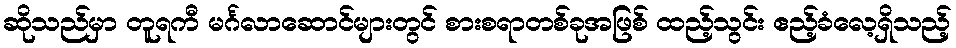
ဆိုသည်မှာ တူရကီ မင်္ဂလာဆောင်များတွင် စားစရာတစ်ခုအဖြစ် ထည့်သွင်း ဧည့်ခံလေ့ရှိသည့်